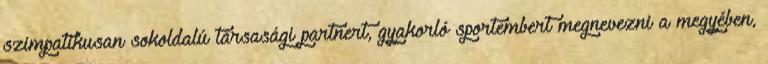
szimpatikusan sokoldalú társasági partnert, gyakorló sportembert megnevezni a megyében,